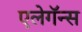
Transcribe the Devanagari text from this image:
एलेगॅन्स